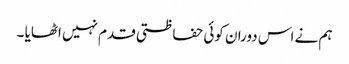
ہم نے اس دوران کوئی حفاظتی قدم نہیں اٹھایا ۔